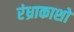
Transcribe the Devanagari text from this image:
रंध्राकाशों